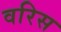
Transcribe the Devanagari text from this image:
वरिस